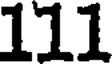
111